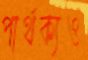
পার্থক্যও